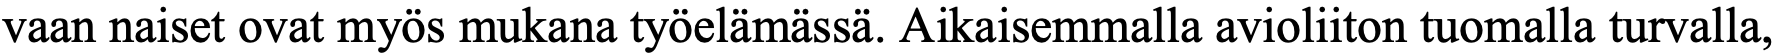
vaan naiset ovat myös mukana työelämässä. Aikaisemmalla avioliiton tuomalla turvalla,